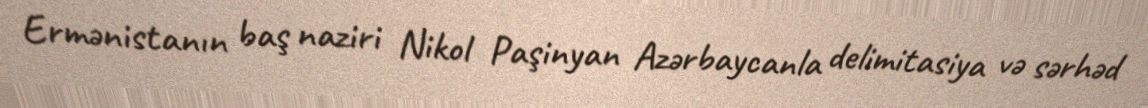
Ermənistanın baş naziri Nikol Paşinyan Azərbaycanla delimitasiya və sərhəd